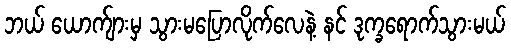
ဘယ် ယောက်ျားမှ သွားမပြောလိုက်လေနဲ့ နင် ဒုက္ခရောက်သွားမယ်